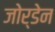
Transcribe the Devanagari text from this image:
जोर्डेन